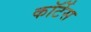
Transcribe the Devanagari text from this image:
कॉर्टेस